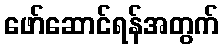
ဖော်ဆောင်ရန်အတွက်